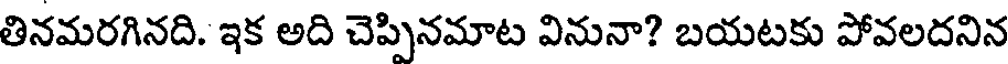
తినమరగినది. ఇక అది చెప్పినమాట వినునా? బయటకు పోవలదనిన